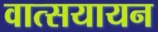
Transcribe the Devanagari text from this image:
वात्सयायन